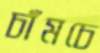
চাঁমচে